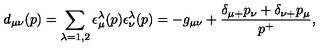
d _ { \mu \nu } ( p ) = \sum _ { \lambda = 1 , 2 } \epsilon _ { \mu } ^ { \lambda } ( p ) \epsilon _ { \nu } ^ { \lambda } ( p ) = - g _ { \mu \nu } + { \frac { \delta _ { \mu + } p _ { \nu } + \delta _ { \nu + } p _ { \mu } } { p ^ { + } } } ,